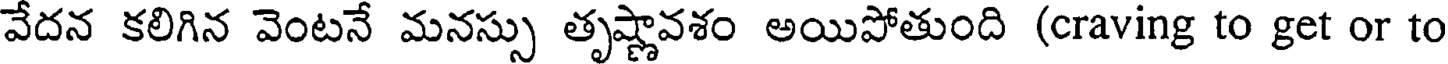
వేదన కలిగిన వెంటనే మనస్సు తృష్ణావశం అయిపోతుంది (craving to get or to